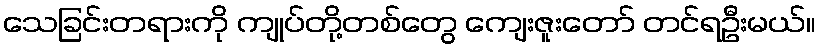
သေခြင်းတရားကို ကျုပ်တို့တစ်တွေ ကျေးဇူးတော် တင်ရဦးမယ်။